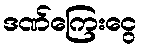
ဒဏ်ကြေးငွေ